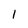
Character: l